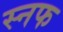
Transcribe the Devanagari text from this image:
स्नफ